Lunatic asylums Central Provinces reports 1895-1909 - 1895-1909
Year: 1895
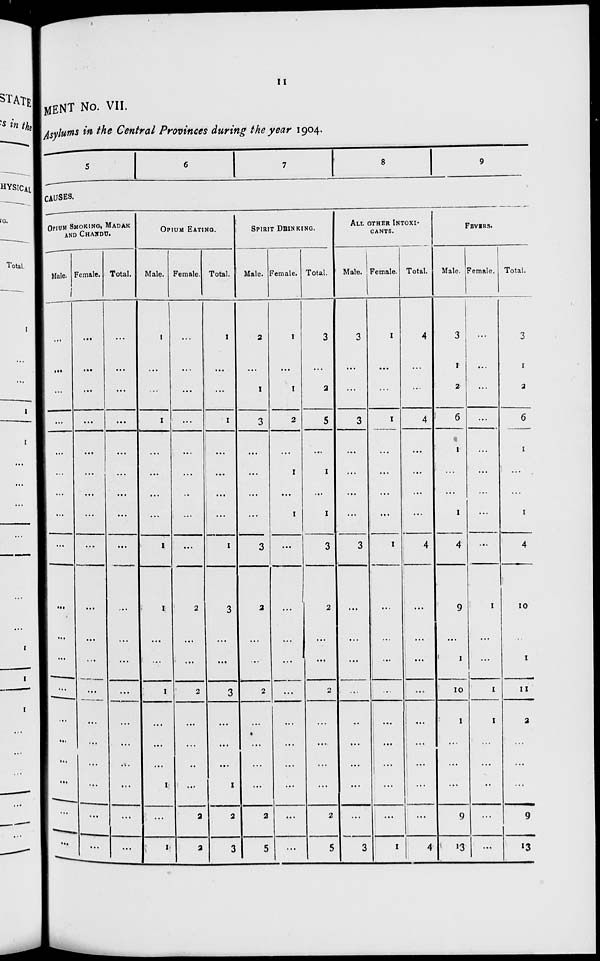
11
MENT No. VII.
Asylums in the Central Provinces during the year 1904.
5
6
7
8
9
CAUSES.
OPIUM SMOKING, MADAK
AND CHANDU.
Male.
...
...
...
...
...
...
...
...
...
...
...
...
...
...
...
...
...
...
...
Female.
...
...
...
...
...
...
...
...
...
...
...
...
...
...
...
...
...
...
...
Total.
...
...
...
...
...
...
...
...
...
...
...
...
...
...
...
...
...
...
...
OPIUM EATING.
Male.
1
...
...
1
...
...
...
...
1
1
...
...
1
...
...
...
1
...
1
Female.
...
...
...
...
...
...
...
...
...
2
...
...
2
...
...
...
...
2
2
Total.
1
...
...
1
...
...
...
...
1
3
...
...
3
...
...
...
1
2
3
SPIRIT DRINKING.
Male.
2
...
1
3
...
...
...
...
3
2
...
...
2
...
...
...
2
5
Female.
1
...
1
2
...
1
...
1
...
...
...
...
...
...
...
...
...
...
...
Total.
3
...
2
5
...
1
...
1
3
2
...
...
2
...
...
...
...
2
5
ALL OTHER INTOXI-
-----.
Male.
3
...
...
3
...
...
...
...
3
...
...
...
...
...
...
...
...
...
3
Female.
1
...
...
1
...
...
...
...
1
...
...
...
...
...
...
...
...
...
1
Total.
4
...
...
4
...
...
...
...
4
...
...
...
...
...
...
...
...
...
4
FEVERS.
Male.
3
1
2
6
1
...
...
1
4
9
...
1
10
1
...
...
...
9
13
Female.
...
...
...
...
...
...
...
...
...
1
...
...
1
1
...
...
...
...
...
Total.
3
1
2
6
1
...
...
1
4
10
...
1
11
2
...
...
...
9
13